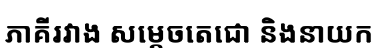
ភាគីរវាង សម្តេចតេជោ និងនាយក